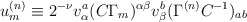
\begin{align*}u^{{ (n)}}_{{ m}}\equiv 2^{-\nu } v^{{ a}}_{\alpha }(C\Gamma _{{ m}})^{\alpha \beta } v^{{ b}}_{\beta }(\Gamma ^{{ (n)}}C^{-{ 1}})_{{ ab}}\end{align*}